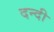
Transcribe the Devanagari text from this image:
दन्दी